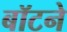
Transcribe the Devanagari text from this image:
बॉटने